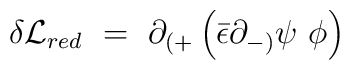
\delta {\cal L}_{red}~=~\partial_{(+} \left ({\bar \epsilon} \partial_{-)}\psi~\phi\right) ~